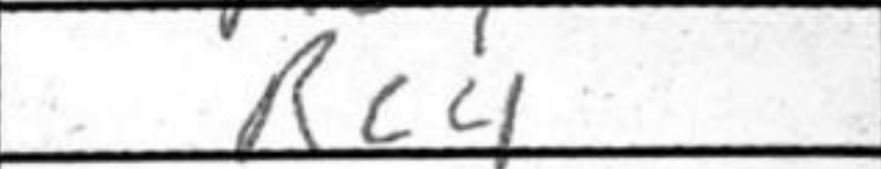
Transcription: Rc4